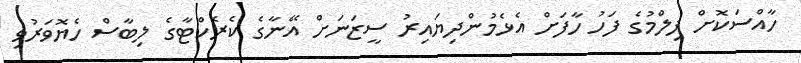
ހާއްސަކޮށް ފިލްމުގެ ފަހު ހާފަށް އެޅެމުންދިޔައިރު ސީޒަނަށް އޭނާގެ ކެރެކްޓާގެ ލިބާސް ހެޔޮވަރުވި